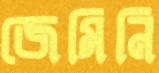
জেমিনি